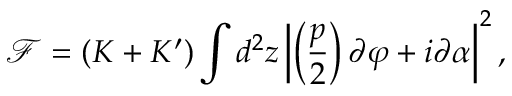
\mathcal F = ( K + K ^ { \prime } ) \int d ^ { 2 } z \left| \left( \frac { p } { 2 } \right) \partial \varphi + i \partial \alpha \right| ^ { 2 } ,